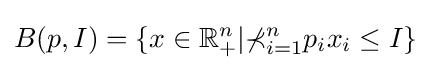
B(p,I)=\{x\in \mathbb {R} _{+}^{n}|\mathbb {\Sigma } _{i=1}^{n}p_{i}x_{i}\leq I\}\